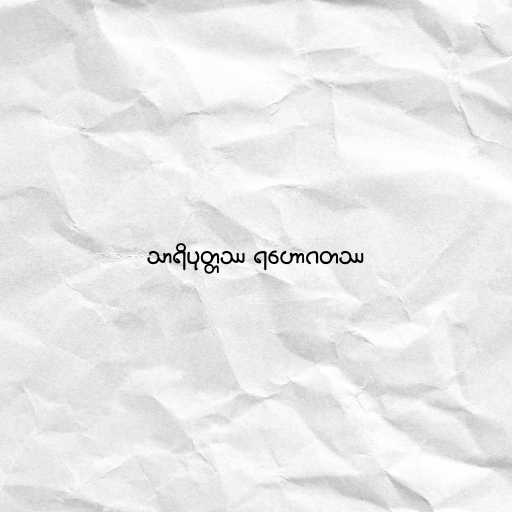
သာရိပုတ္တဿ ရဟောဂတဿ